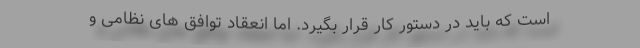
است که باید در دستور کار قرار بگیرد. اما انعقاد توافق های نظامی و